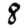
Digit: 8